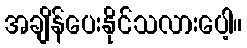
အချိန်ပေးနိုင်သလားပေါ့။